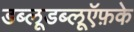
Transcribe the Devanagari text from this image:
डब्लूडब्लूऍफ़के